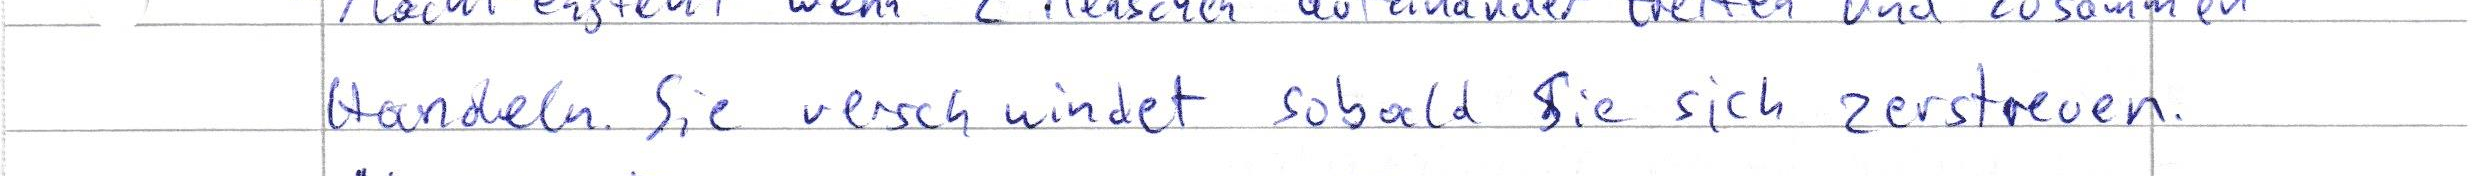
Handeln. Sie verschwindet sobald Sie sich zerstreuen.